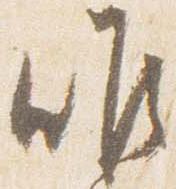
昨